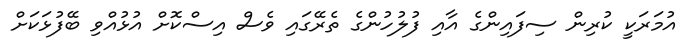
އުމަރަކީ ކުރިން ސިފައިންގެ އާއި ފުލުހުންގެ ތެރޭގައި ވެސް އިސްކޮށް އުޅުއްވި ބޭފުޅަކަށް